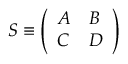
{ \cal S } \equiv \left( \begin{array} { l l } { { A } } & { { B } } \\ { { C } } & { { D } } \end{array} \right)